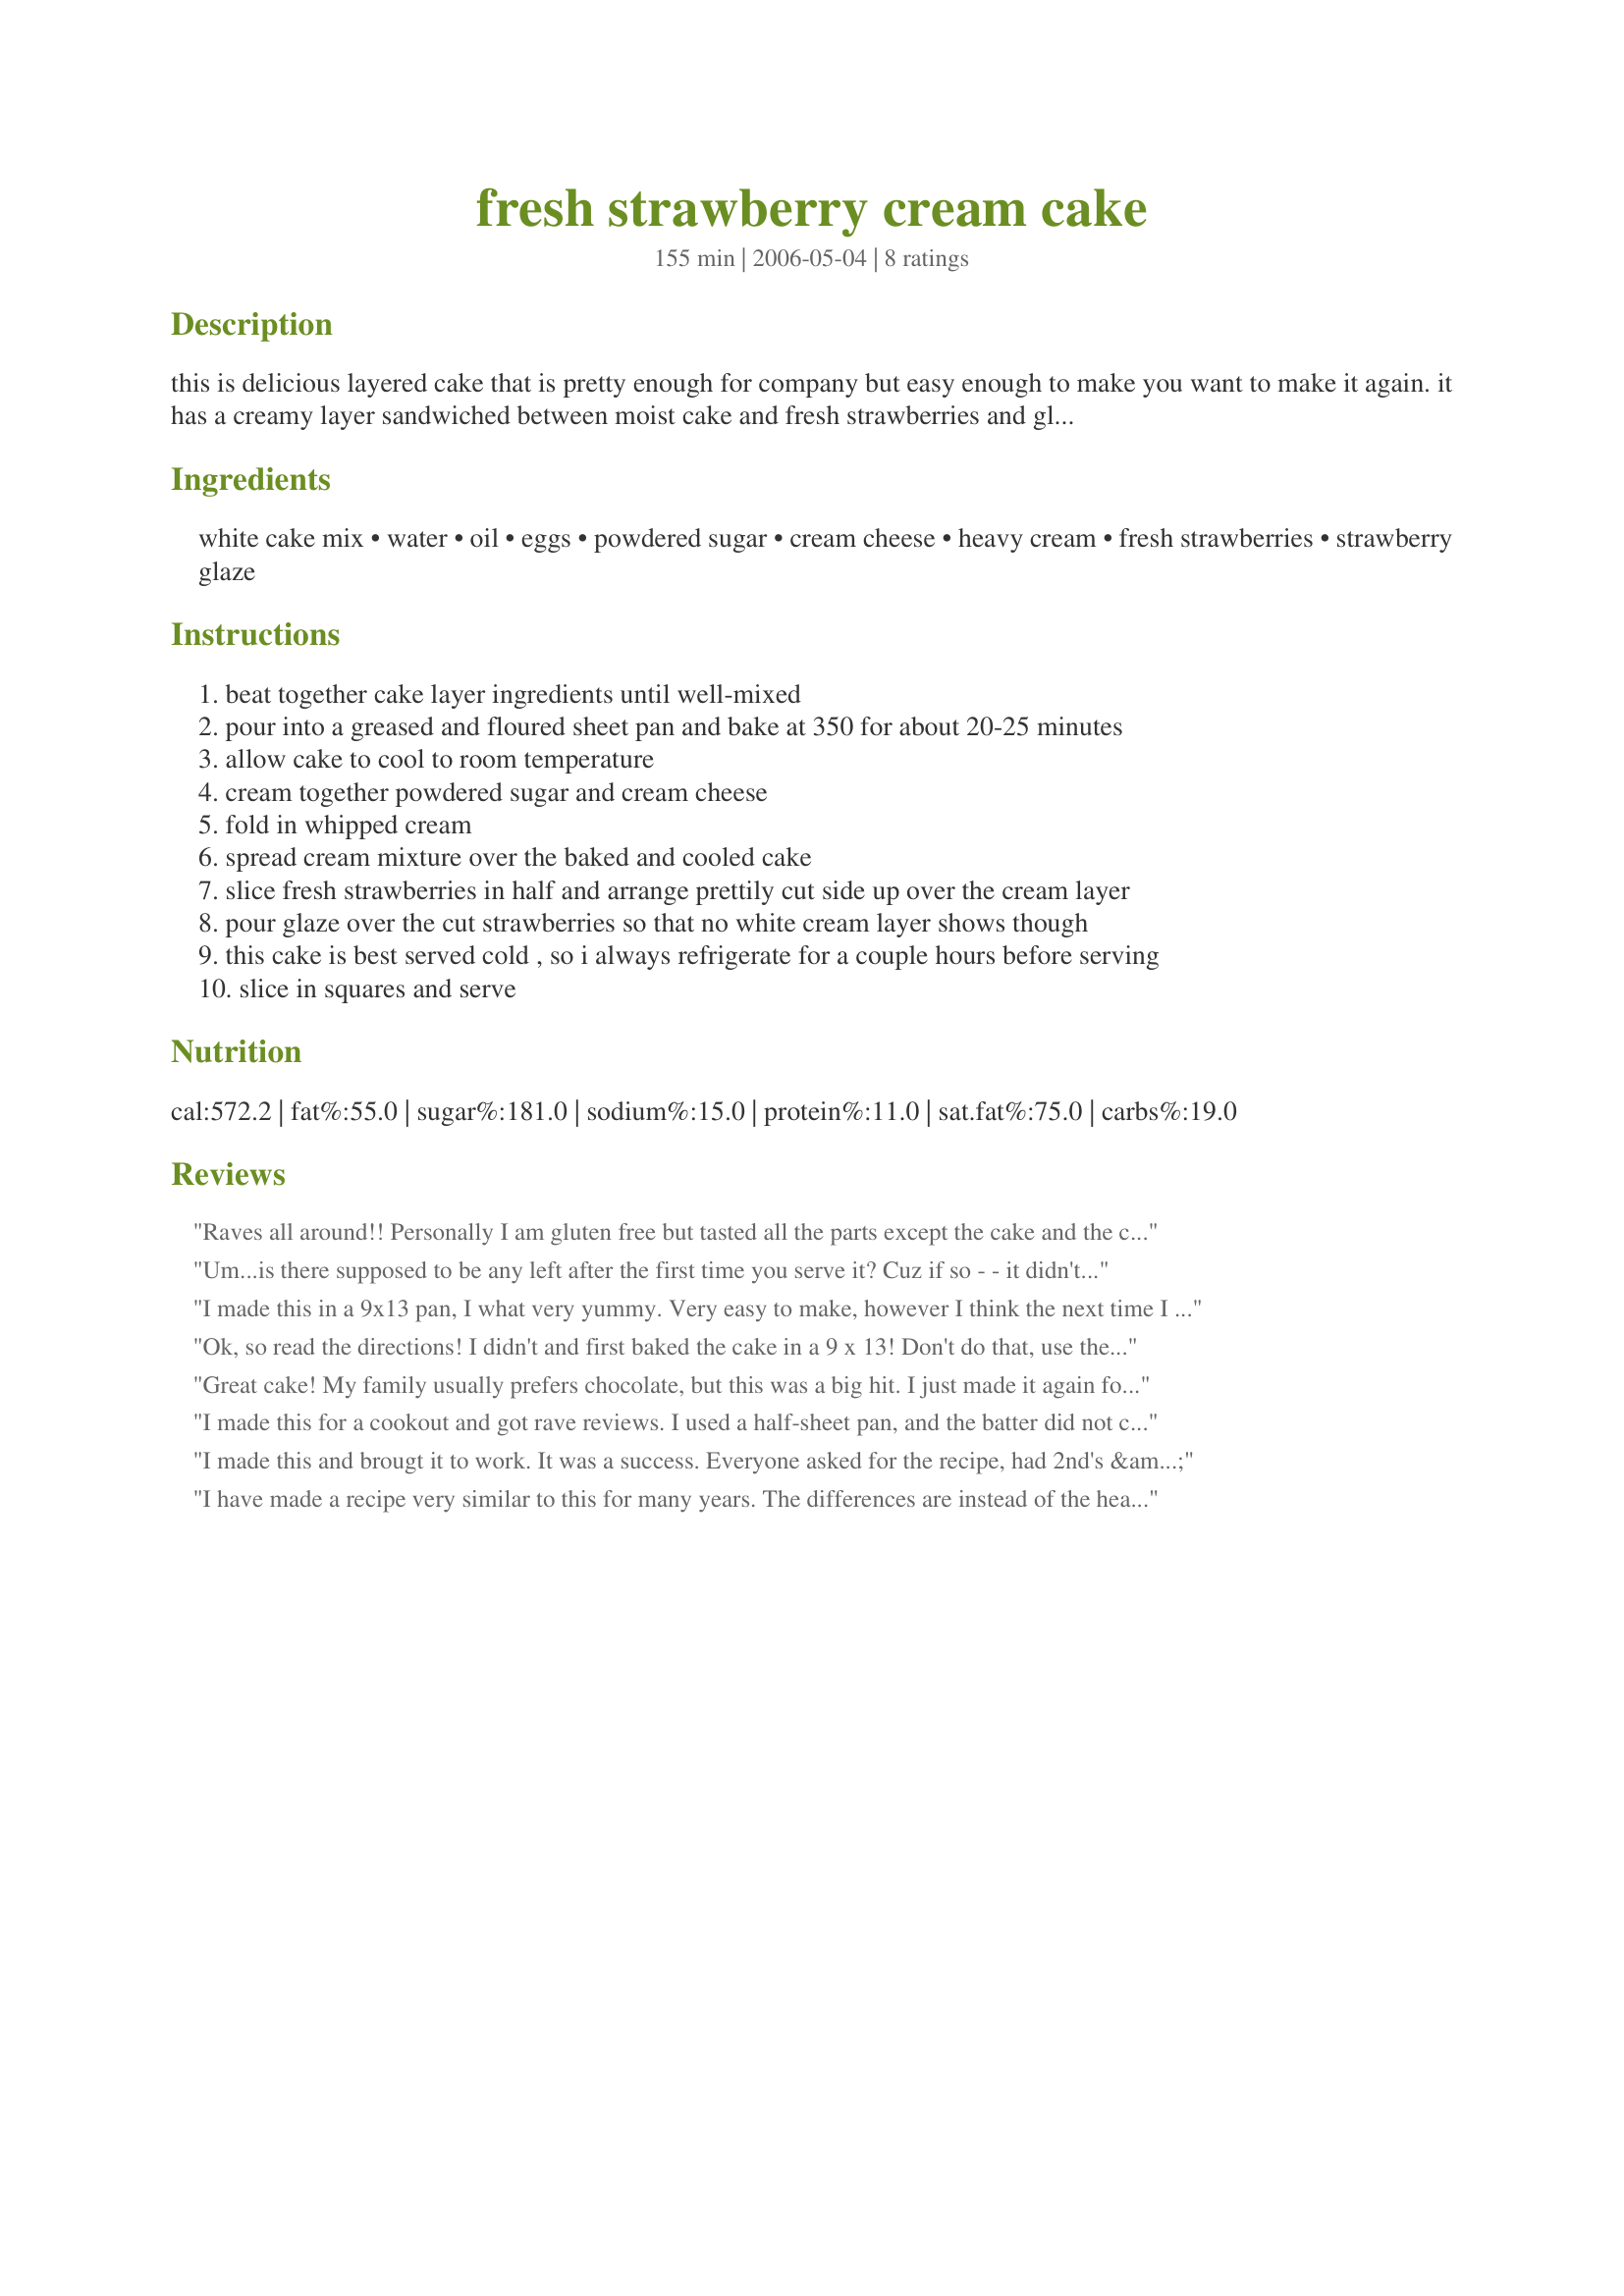
fresh strawberry cream cake
Preparation time: 155 minutes

this is delicious layered cake that is pretty enough for company but easy enough to make you want to make it again. it has a creamy layer sandwiched between moist cake and fresh strawberries and glaze. can be made up to a day ahead. work time includes refrigeration time.

Ingredients:
white cake mix, water, oil, eggs, powdered sugar, cream cheese, heavy cream, fresh strawberries, strawberry glaze

Steps:
beat together cake layer ingredients until well-mixed
pour into a greased and floured sheet pan and bake at 350 for about 20-25 minutes
allow cake to cool to room temperature
cream together powdered sugar and cream cheese
fold in whipped cream
spread cream mixture over the baked and cooled cake
slice fresh strawberries in half and arrange prettily cut side up over the cream layer
pour glaze over the cut strawberries so that no white cream layer shows though
this cake is best served cold , so i always refrigerate for a couple hours before serving
slice in squares and serve

Reviews:
Raves all around!! Personally I am gluten free but tasted all the parts except the cake and the cream was sure yum, and along with strawberries and cake it's a 5 star hit!! Although my cake mix had different amounts of oil and water to add on the box I still went with the quantities this recipe called for. I used canola oil, powdered my own sugar in a mortar & pestle (not recommended at all as it is a ton of work), the plastic containers of Philadelphia cream cheese, intended to use cool whip but the store didn't have any so I used heavy cream, which again was a lot of work with a whisk, it takes a pretty long time, I will however, use heavy cream again, I made recipe#199038 for the glaze using tapioca starch. I made the cake in a 9 X 13 but did not use all the batter. I will probably do the same next time unless I buy another pan to try. I will definitely be making this again.
Um...is there supposed to be any left after the first time you serve it? Cuz if so - - it didn't happen. It was gone in a flash. Now I have to make it again.....don't think that will be a problem though. Delicious....thanks.
I made this in a 9x13 pan, I what very yummy. Very easy to make, however I think the next time I would use cool whip instead of the heavy whipping cream. Thanks for the yummy recipe:)
Ok, so read the directions! I didn't and first baked the cake in a 9 x 13! Don't do that, use the sheet cake. I made a new one and just ate the other plain. I took this cake to a ladies function where I had to bring enough to feed 2 dozen people. This cake was the first to go. Everyone that got to taste it LOVED it! And when you actally read the directions while making it, it really is a easy cake to make! Everyone should try this cake. I have made this two more times. Each time the cake looks prettier and prettier! There are a couple of steps, but worth everyone!
Great cake! My family usually prefers chocolate, but this was a big hit. I just made it again for Mother's Day. I think it actually gets even better if there are any leftovers. I did make changes to mine, however. I followed the directions on the back of the Yellow Betty Crocker cake mix (only Betty Crocker for me). I also added a tsp. of vanilla and 1/2 cup sour cream. Baked as directed. For the cream layer I added 1 tsp of vanilla and used Cool Whip (regular) and 1/3 fat cream cheese (just because that's what I buy). I did use the Marie's glaze the first time and that was the only think I'm changing this time. It was kind of fake and hard to spread. This time I'm melting straweberry preserves.

YUM!
I made this for a cookout and got rave reviews. I used a half-sheet pan, and the batter did not cover it entirely. My cake looked more like a slightly misshapen cookie than a sheet cake, but it was thick enough (about one inch)and was light and fluffy. Once I covered it with the cream cheese layer and the strawberries, the shape wasn't a problem. I used a white cake mix and added a teaspoon of almond flavoring; I'll probably add more next time. I added lots of blueberries on top of the strawberry/glaze layer, as the dessert was to be served as a Fourth of July treat. The presentation was very nice. I used two pounds of strawberries and had just enough to cover the top of the cake. I used about one and a half tubs (14 oz.?) of Marie's glaze, and I used Extra Creamy Cool Whip (the small tub)instead of homemade whipped cream. People had multiple servings, took home leftovers, and asked for the recipe. This recipe is very simple and sure to impress.
I made this and brougt it to work.
It was a success. Everyone asked for the recipe, had 2nd's & 3rd's, and agreed it was better cold. This is a very refreshing summer dessert. I did make my own strawberry glaze from a Zaar recipe, and used a yellow cake mix (all I had on hand), and I used the creamy cool whip as well. It was still wonderful. Thanks so much for this one. It is a keeper.
I have made a recipe very similar to this for many years. The differences are instead of the heavy cream I fold in one small container of cool whip and for the glaze I use 2 packets of strawberry junket made for pie. It spreads easily and is great.
